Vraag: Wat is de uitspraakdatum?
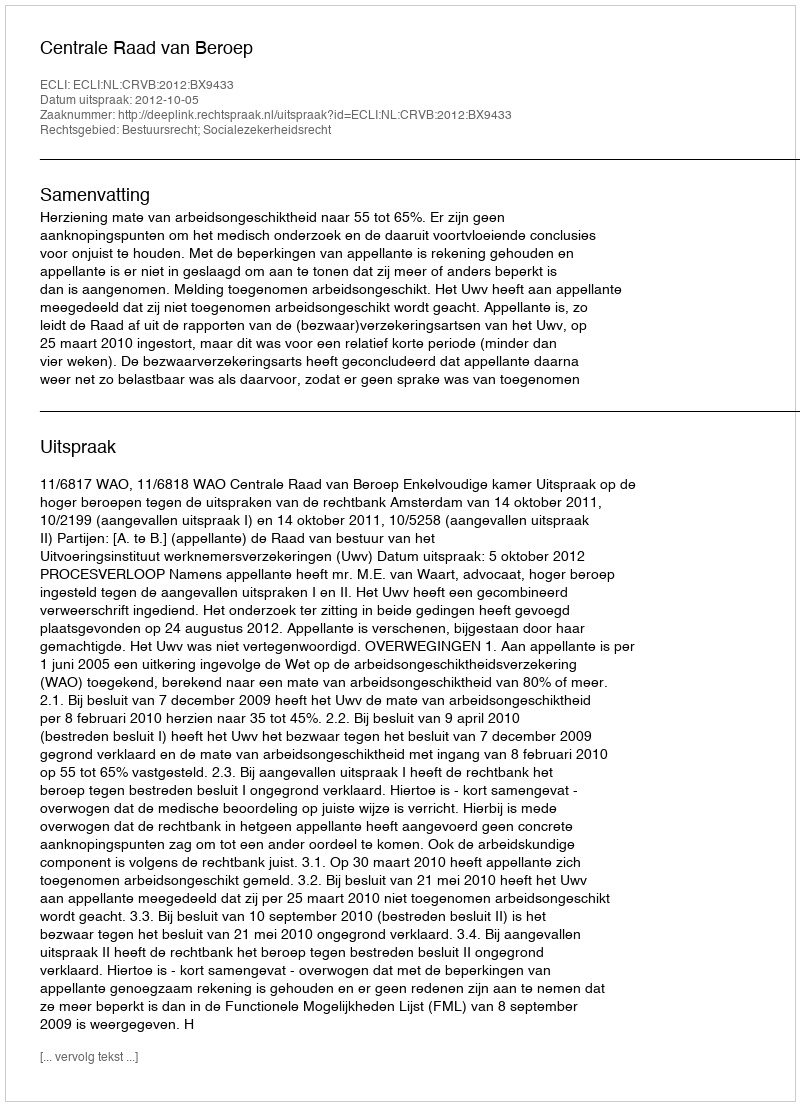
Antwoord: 2012-10-05